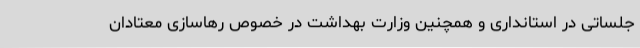
جلساتی در استانداری و همچنین وزارت بهداشت در خصوص رهاسازی معتادان